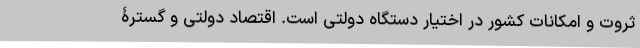
ثروت و امکاناتِ کشور در اختیار دستگاه دولتی است. اقتصادِ دولتی و گسترۀ